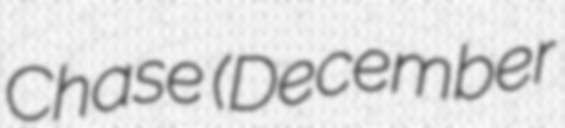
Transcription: Chase (December